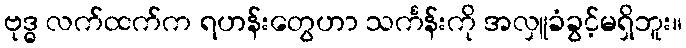
ဗုဒ္ဓ လက်ထက်က ရဟန်းတွေဟာ သင်္ကန်းကို အလှူခံခွင့်မရှိဘူး။